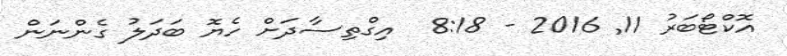
އޮކްޓޯބަރު 11